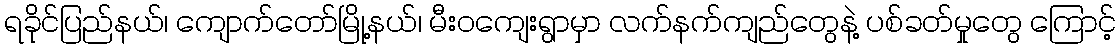
ရခိုင်ပြည်နယ်၊ ကျောက်တော်မြို့နယ်၊ မီးဝကျေးရွာမှာ လက်နက်ကျည်တွေနဲ့ ပစ်ခတ်မှုတွေ ကြောင့်